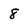
Character: 8